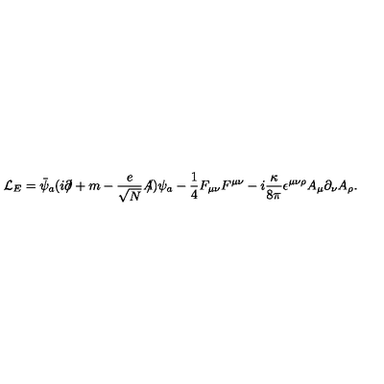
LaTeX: { \cal L } _ { E } = \bar { \psi } _ { a } ( i \partial \! \! \! / + m - \frac { e } { \sqrt { N } } A \! \! \! / ) \psi _ { a } - \frac { 1 } { 4 } F _ { \mu \nu } F ^ { \mu \nu } - i \frac { \kappa } { 8 \pi } \epsilon ^ { \mu \nu \rho } A _ { \mu } \partial _ { \nu } A _ { \rho } .